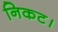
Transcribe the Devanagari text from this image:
निकट।